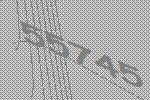
55745